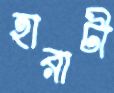
হারাটী